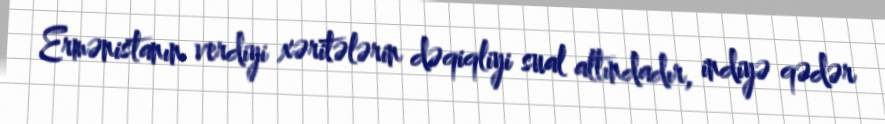
Ermənistanın verdiyi xəritələrin dəqiqliyi sual altındadır, indiyə qədər